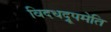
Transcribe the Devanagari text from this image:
विदधद्रूपमेति